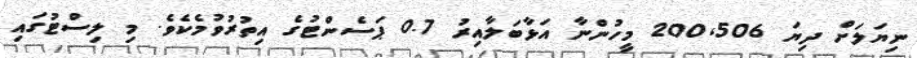
ނިޔަލަށް ދިޔަ 200